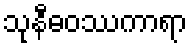
သုနီဓဝဿကာရာ